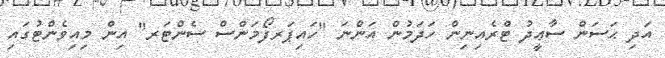
އަދި ޙަސަން ސާޢީދު ޓްރެއިނިން ހަދަމުން އަންނަ "ހައިޕަރފޯމަންސް ސެންޓަރ" އިން މިއިވެންޓުގައި